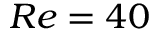
R e = 4 0